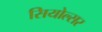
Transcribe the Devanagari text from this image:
सियोल्सर